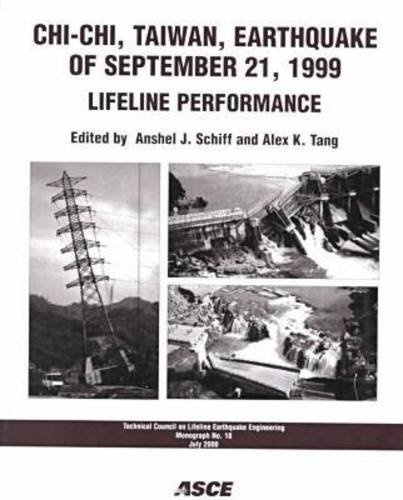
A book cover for Chi-Chi, Taiwan, Earthquake of September 21, 1999: Lifeline Performance (American Society of Civil Engineers: Technical Council on Lifeline Earthquake Engineering); Law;